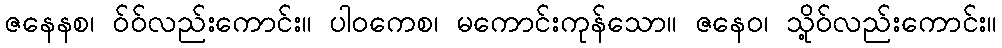
ဇနေနစ၊ ဝ်ဝ်လည်းကောင်း။ ပါဝကေစ၊ မကောင်းကုန်သော။ ဇနေဝ၊ သို့ဝ်လည်းကောင်း။